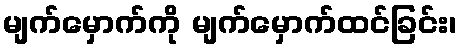
မျက်မှောက်ကို မျက်မှောက်ထင်ခြင်း၊